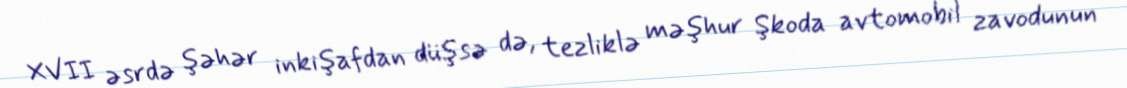
XVII əsrdə şəhər inkişafdan düşsə də, tezliklə məşhur Şkoda avtomobil zavodunun